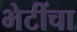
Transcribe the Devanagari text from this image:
भेटींचा